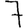
Digit: 7